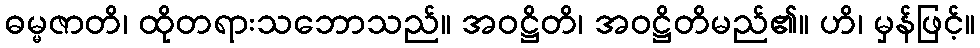
ဓမ္မဇာတိ၊ ထိုတရားသဘောသည်။ အဝဋ္ဌိတိ၊ အဝဋ္ဌိတိမည်၏။ ဟိ၊ မှန်ဖြင့်။